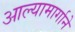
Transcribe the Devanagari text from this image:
आल्यामार्गाने